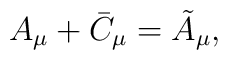
A_{\mu} + \bar{C}_{\mu} = \tilde{A}_{\mu},